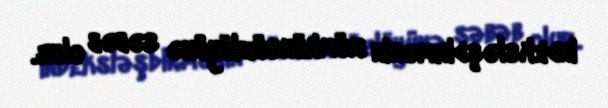
indeksləşdirmənin mümkünsüzlüyünə səbəb olur.